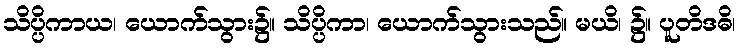
သိပ္ပိကာယ၊ ယောက်သွား၌။ သိပ္ပိကာ၊ ယောက်သွားသည်။ မယိ၊ ၌။ ပူတိဒဓိ၊